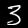
Label: 3